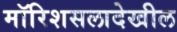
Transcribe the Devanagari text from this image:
मॉरिशसलादेखील